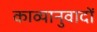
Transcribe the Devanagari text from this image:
काव्यानुवादों